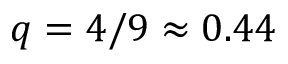
q = 4 / 9 \approx 0 . 4 4